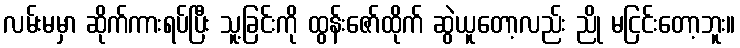
လမ်းမမှာ ဆိုက်ကားရပ်ပြီး သူ့ခြင်းကို ထွန်းဇော်ထိုက် ဆွဲယူတော့လည်း ညို မငြင်းတော့ဘူး။